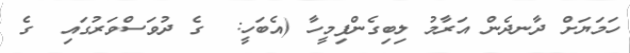
ހަމަޔަށް ދާނދެން އަރާމު ލިބިގެންފިމީހާ (އެބަހީ:  ގެ ދުވަސްވަރުގައި  ގެ